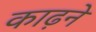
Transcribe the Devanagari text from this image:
काढ़ने